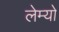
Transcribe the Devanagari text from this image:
लेम्यो